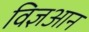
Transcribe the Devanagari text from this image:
विज्ञआन